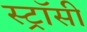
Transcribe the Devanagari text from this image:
स्ट्रॉसी